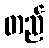
တည်